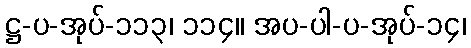
ဋ္ဌ-ပ-အုပ်-၁၁၃၊ ၁၁၄။ အပ-ပါ-ပ-အုပ်-၁၄၊